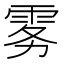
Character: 雾